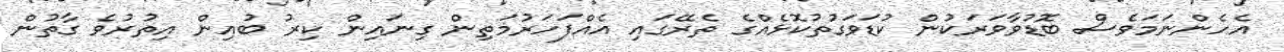
އެހެންނަމަވެސް ބޮޑުވާވަރަކުން ކުޑަވަގުތުކޮޅެއްގެ ތެރޭގައި އެއްފަހަރުމަތިން ގިނައިން ކިރު ބުއިން އިތުރުވެ ގާތުން